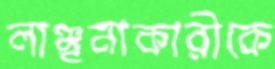
লাঞ্ছনাকারীকে